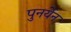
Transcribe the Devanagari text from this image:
पुनर्येन